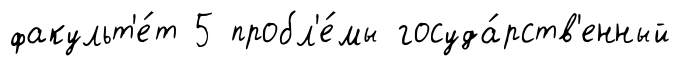
факульт'е́т 5 пробл'е́мы госуда́рств'енный